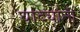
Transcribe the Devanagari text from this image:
घाट्यांनी